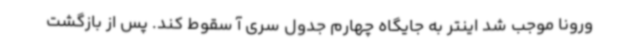
ورونا موجب شد اینتر به جایگاه چهارم جدول سری آ سقوط کند. پس از بازگشت